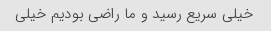
خیلی سریع رسید و ما راضی بودیم خیلی